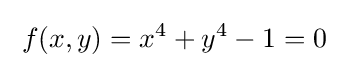
\;f(x,y)=x^{4}+y^{4}-1=0\;